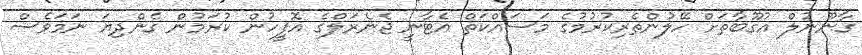
ގާނޫނުލް އުގޫބާތަށް ހޭލުންތެރިކުރުމުގެ މަސައްކަތް އެޓާނީ ޖެނެރަލްގެ އޮފީހުން ކުރަމުން ގެންދިޔަ ނަމަވެސް